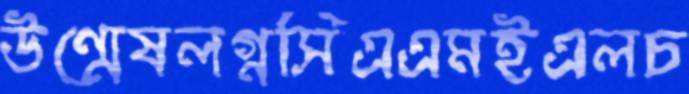
উন্মেষলগ্নসিএএমইএলচ